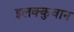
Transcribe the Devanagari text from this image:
इलक्कुवान